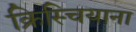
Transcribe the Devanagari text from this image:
क्रिस्चियाना